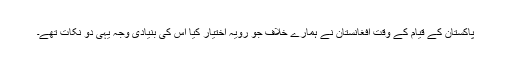
پاکستان کے قیام کے وقت افغانستان نے ہمارے خلاف جو رویہ اختیار کیا اس کی بنیادی وجہ یہی دو نکات تھے۔